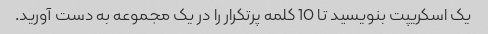
یک اسکریپت بنویسید تا 10 کلمه پرتکرار را در یک مجموعه به دست آورید.